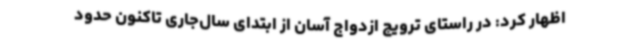
اظهار کرد: در راستای ترویج ازدواج آسان از ابتدای سال‌جاری تاکنون حدود